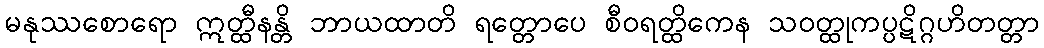
မနုဿစောရော ဣတ္ထီနန္တိ ဘာယထာတိ ရတ္တောပေ စီဝရတ္ထိကေန သဝတ္ထုကပ္ပဋိဂ္ဂဟိတတ္တာ